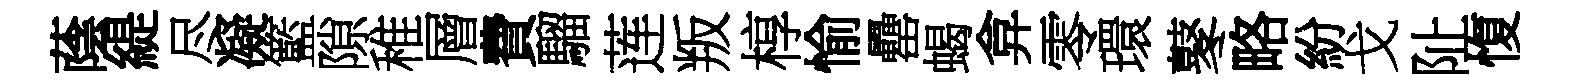
蔭緹尽凝籃隙稚層費騮莲叛椁愉罍蝎弇零環鼕略紛戈阯愎